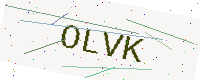
Text: OLVK